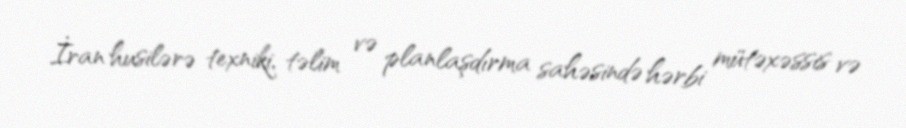
İran husilərə texniki, təlim və planlaşdırma sahəsində hərbi mütəxəssis və